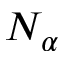
N _ { \alpha }